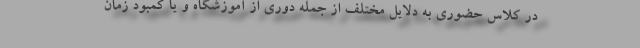
در کلاس حضوری به دلایل مختلف از جمله دوری از آموزشگاه و یا کمبود زمان